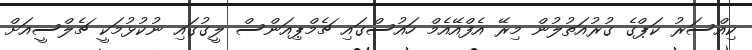
ކިއްސަރު ކަޕްގެ ގުރުއަތުލުން މިރޭ އެފްއޭއެމް ހައުސްގައި ޗެމްޕިއަންސް ލީގުގައި ނުކުޅުމަކީ ޗެލްސީއަށް